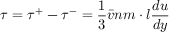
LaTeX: \quad \tau = \tau ^ { + } - \tau ^ { - } = { \frac { 1 } { 3 } } { \bar { v } } n m \cdot l { \frac { d u } { d y } }